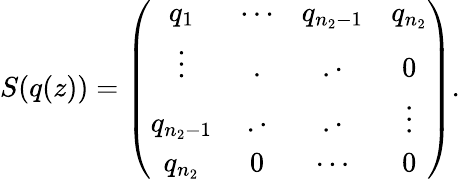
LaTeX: S(q(z))=\left(\begin{array}{cccc}{q_{1}}&{\cdots}&{q_{n_{2}-1}}&{q_{n_{2}}}\\ {\vdots}&{.}&{.\cdot}&{0}\\ {q_{n_{2}-1}}&{.\cdot}&{.\cdot}&{\vdots}\\ {q_{n_{2}}}&{0}&{\cdots}&{0}\end{array}\right).